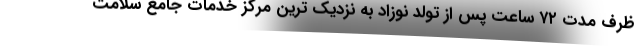
ظرف مدت ۷۲ ساعت پس از تولد نوزاد به نزدیک ترین مرکز خدمات جامع سلامت